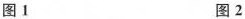
图1 图2